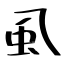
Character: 虱